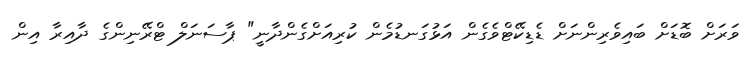
ވަރަށް ބޮޑަށް ބައިވެރިންނަށް ޑެޑިކޭޓްވެގެން އަޅުގަނޑުމެން ކުރިއަށްގެންދާނީ" ޕާސަނަލް ޓްރޭނިންގެ ދާއިރާ އިން